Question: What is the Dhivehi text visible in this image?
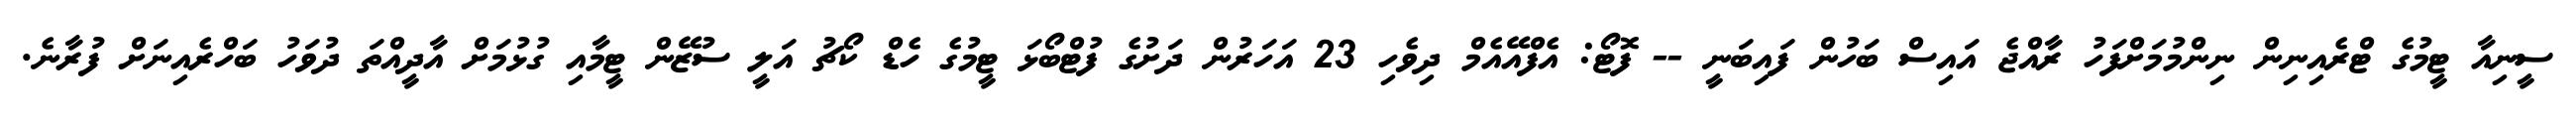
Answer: ސީނިއާ ޓީމުގެ ޓްރެއިނިން ނިންމުމަށްފަހު ރާއްޖެ އައިސް ބަހުން ފައިބަނީ -- ފޮޓޯ: އެފްއޭއެމް ދިވެހި 23 އަހަރުން ދަށުގެ ފުޓްބޯޅަ ޓީމުގެ ހެޑް ކޯޗު އަލީ ސުޒޭން ޓީމާއި ގުޅުމަށް އާދީއްތަ ދުވަހު ބަހްރެއިނަށް ފުރާނެ.